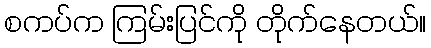
စကပ်က ကြမ်းပြင်ကို တိုက်နေတယ်။